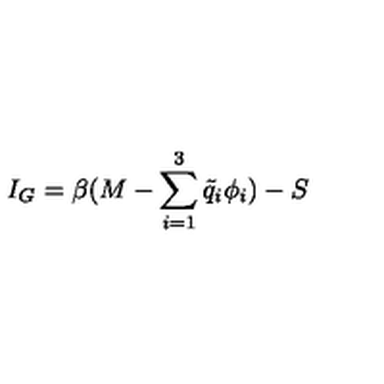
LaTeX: I _ { G } = \beta ( M - \sum _ { i = 1 } ^ { 3 } { \tilde { q } } _ { i } \phi _ { i } ) - S